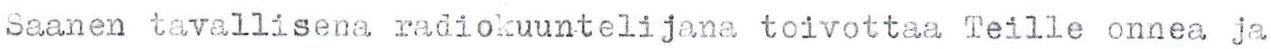
Saanen tavallisena radiokuuntelijana toivottaa Teille onnea ja